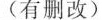
(有删改)